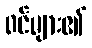
ဝင်များ၏